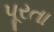
પૂરતા